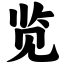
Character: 览